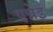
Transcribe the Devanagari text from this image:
एन्नेइ